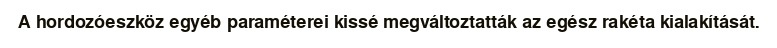
A hordozóeszköz egyéb paraméterei kissé megváltoztatták az egész rakéta kialakítását.